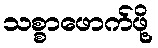
သစ္စာဖောက်ဖို့